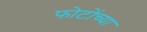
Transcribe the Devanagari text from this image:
फोटोंच्या